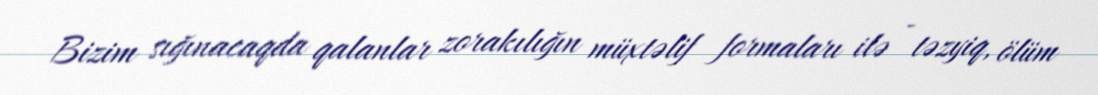
Bizim sığınacaqda qalanlar zorakılığın müxtəlif formaları ilə - təzyiq, ölüm